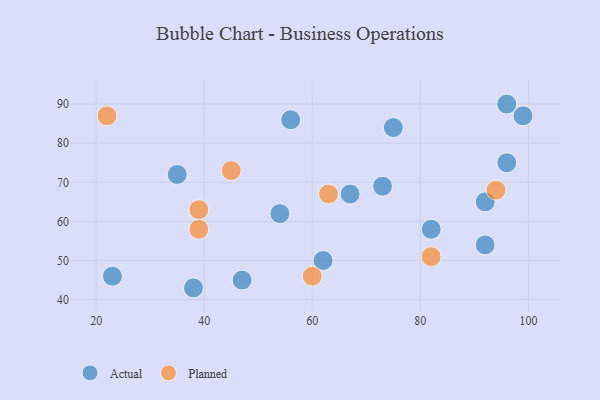
{"axis": {"x": "GDP", "y": "Life Expectancy"}, "legend": ["Actual", "Planned"], "data": [{"x": "99", "y": 87, "type": "Actual"}, {"x": "92", "y": 65, "type": "Actual"}, {"x": "47", "y": 45, "type": "Actual"}, {"x": "75", "y": 84, "type": "Actual"}, {"x": "96", "y": 90, "type": "Actual"}, {"x": "92", "y": 54, "type": "Actual"}, {"x": "62", "y": 50, "type": "Actual"}, {"x": "54", "y": 62, "type": "Actual"}, {"x": "82", "y": 58, "type": "Actual"}, {"x": "56", "y": 86, "type": "Actual"}, {"x": "96", "y": 75, "type": "Actual"}, {"x": "67", "y": 67, "type": "Actual"}, {"x": "23", "y": 46, "type": "Actual"}, {"x": "73", "y": 69, "type": "Actual"}, {"x": "38", "y": 43, "type": "Actual"}, {"x": "35", "y": 72, "type": "Actual"}, {"x": "82", "y": 51, "type": "Planned"}, {"x": "94", "y": 68, "type": "Planned"}, {"x": "22", "y": 87, "type": "Planned"}, {"x": "39", "y": 63, "type": "Planned"}, {"x": "63", "y": 67, "type": "Planned"}, {"x": "39", "y": 58, "type": "Planned"}, {"x": "60", "y": 46, "type": "Planned"}, {"x": "45", "y": 73, "type": "Planned"}]}